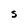
Character: S